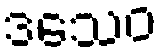
ဒသေဝ